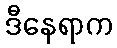
ဒီနေရာက